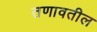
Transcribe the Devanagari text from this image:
तणावतील